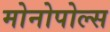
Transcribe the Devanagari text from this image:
मोनोपोल्स